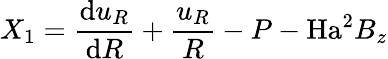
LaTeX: X_{1}=\frac{\mathrm{d}u_{R}}{\mathrm{d}R}+\frac{u_{R}}{R}-P-\mathrm{Ha}^{2}B_{z}